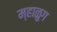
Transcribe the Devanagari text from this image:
म्हाळुग